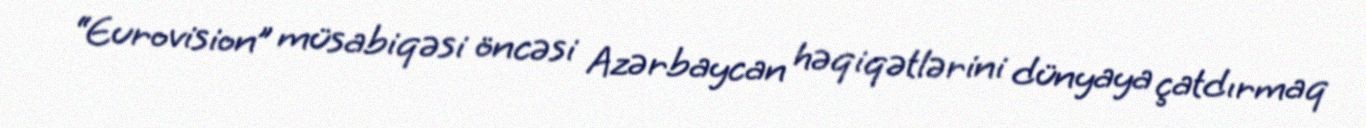
“Eurovision” müsabiqəsi öncəsi Azərbaycan həqiqətlərini dünyaya çatdırmaq